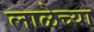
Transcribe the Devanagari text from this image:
लाळेच्या